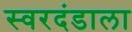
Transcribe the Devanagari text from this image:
स्वरदंडाला